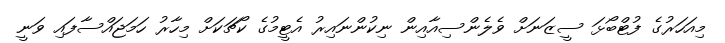
މިއަހަރުގެ ފުޓްބޯޅަ ސީޒަނަށް ވެލެންސިއާއިން ނިކުންނައިރު އެޓީމުގެ ކޯޗަކަށް މިހާރު ހަމަޖައްސާފައި ވަނީ